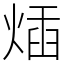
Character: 𤊿